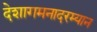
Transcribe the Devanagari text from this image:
देशागमनादरम्यान